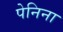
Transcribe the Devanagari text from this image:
पेनिना